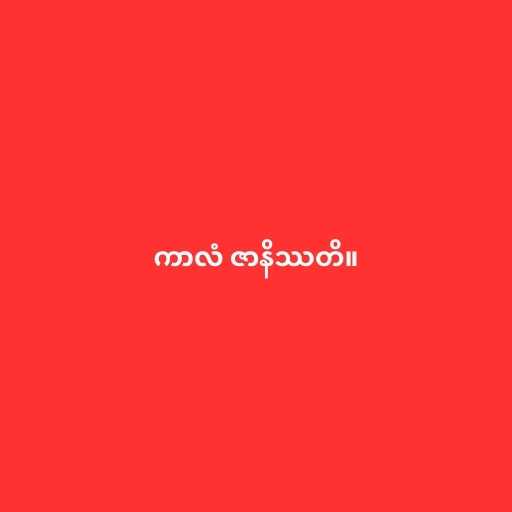
ကာလံ ဇာနိဿတိ။